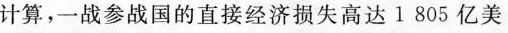
计算，一战参战国的直接经济损失高达 l 805亿美